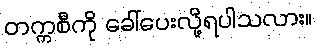
တက္ကစီကို ခေါ်ပေးလို့ရပါသလား။